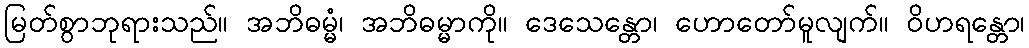
မြတ်စွာဘုရားသည်။ အဘိဓမ္မံ၊ အဘိဓမ္မာကို။ ဒေသေန္တော၊ ဟောတော်မူလျက်။ ဝိဟရန္တော၊